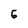
Character: 6